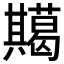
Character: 𭁞